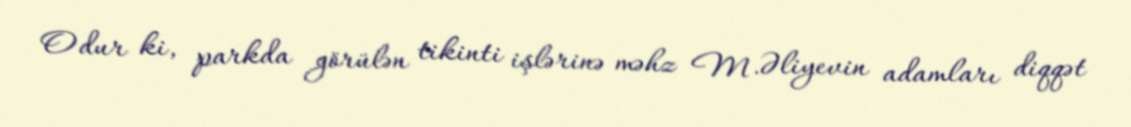
Odur ki, parkda görülən tikinti işlərinə məhz M.Əliyevin adamları diqqət